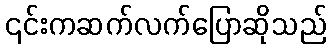
၎င်းကဆက်လက်ပြောဆိုသည်